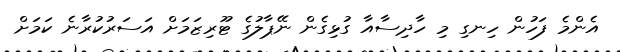
އެންމެ ފަހުން ހިނގި މި ހާދިސާއާ ގުޅިގެން ނޭޕާލުގެ ޓޫރިޒަމަށް އަސަރުކުރާނެ ކަމަށް